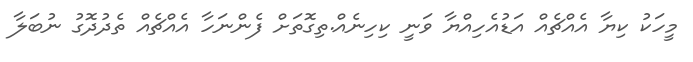
މީހަކު ކިޔާ އެއްޗެއް އަޑުއެހިއްޔާ ވަނީ ކިހިނެއް.ތިގޮތަށް ފެންނަހާ އެއްޗެއް ތެދުދޮގު ނުބަލާ